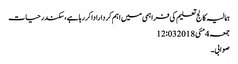
ہمالیہ کالج تعلیم کی فراہمی میں اہم کرداراداکررہاہے،سکندرحیات
جمعہ 4 مئی 2018 12:03
صوابی۔